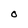
Character: O